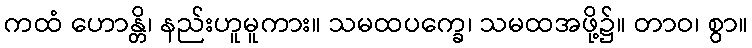
ကထံ ဟောန္တိ၊ နည်းဟူမူကား။ သမထပက္ခေ၊ သမထအဖို့၌။ တာဝ၊ စွာ။